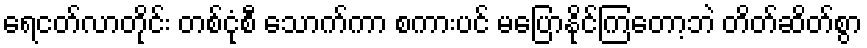
ရေငတ်လာတိုင်း တစ်ငုံစီ သောက်ကာ စကားပင် မပြောနိုင်ကြတော့ဘဲ တိတ်ဆိတ်စွာ